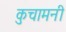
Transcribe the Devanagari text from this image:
कुचामनी